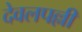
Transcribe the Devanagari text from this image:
देवलपल्ली